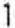
1